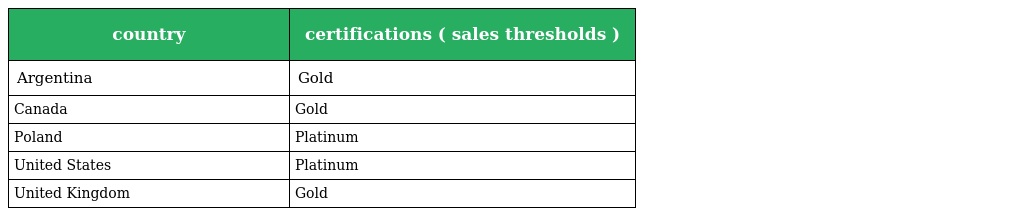
| country | certifications ( sales thresholds ) |
 | --- | --- |
 | Argentina | Gold |
 | Canada | Gold |
 | Poland | Platinum |
 | United States | Platinum |
 | United Kingdom | Gold |